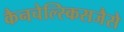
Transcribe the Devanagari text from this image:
कैनचेल्स्किसजैसे